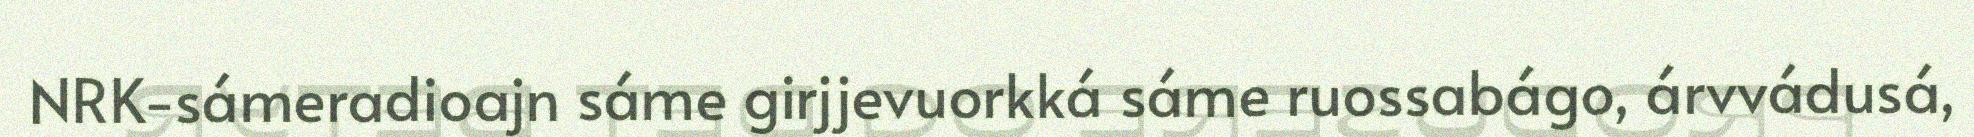
NRK-sámeradioajn sáme girjjevuorkká sáme ruossabágo, árvvádusá,